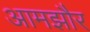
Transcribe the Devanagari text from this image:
आमझौर